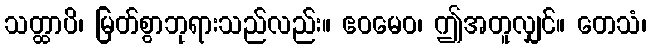
သတ္ထာပိ၊ မြတ်စွာဘုရားသည်လည်း။ ဧဝမေဝ၊ ဤအတူလျှင်။ တေသံ၊